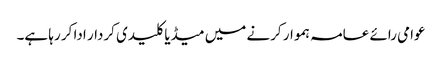
عوامی رائے عامہ ہموار کرنے میں میڈیا کلیدی کردار ادا کر رہا ہے۔